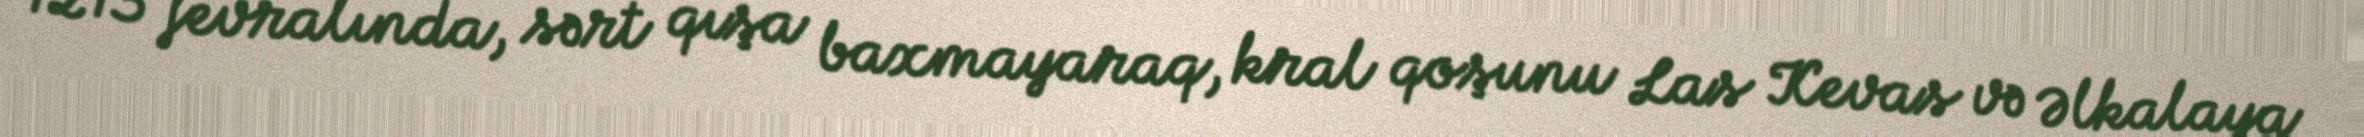
1213 fevralında, sərt qışa baxmayaraq, kral qoşunu Las Kevas və Əlkalaya